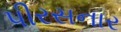
પીરસનાર